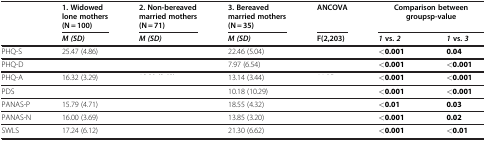
<table><thead><tr><td rowspan="2">[EMPTY_CELL]</td><td><b>1. Widowed lone mothers (N = 100)</b></td><td><b>2. Non-bereaved married mothers (N = 71)</b></td><td><b>3. Bereaved married mothers (N = 35)</b></td><td><b>ANCOVA</b></td><td colspan="2"><b>Comparison between groups p-value</b></td></tr><tr><td><b><i>M (SD)</i></b></td><td><b><i>M (SD)</i></b></td><td><b><i>M (SD)</i></b></td><td><b>F(2,203)</b></td><td><b><i>1</i>vs.<i>2</i></b></td><td><b><i>1</i>vs.<i>3</i></b></td></tr></thead><tbody><tr><td>PHQ-S</td><td>25.47 (4.86)</td><td>[EMPTY_CELL]</td><td>22.46 (5.04)</td><td>[EMPTY_CELL]</td><td><b>&lt;0.001</b></td><td><b>0.04</b></td></tr><tr><td>PHQ-D</td><td>[EMPTY_CELL]</td><td>[EMPTY_CELL]</td><td>7.97 (6.54)</td><td>[EMPTY_CELL]</td><td><b>&lt;0.001</b></td><td><b>&lt;0.001</b></td></tr><tr><td>PHQ-A</td><td>16.32 (3.29)</td><td>[EMPTY_CELL]</td><td>13.14 (3.44)</td><td>[EMPTY_CELL]</td><td><b>&lt;0.001</b></td><td><b>&lt;0.001</b></td></tr><tr><td>PDS</td><td>[EMPTY_CELL]</td><td>[EMPTY_CELL]</td><td>10.18 (10.29)</td><td>[EMPTY_CELL]</td><td><b>&lt;0.001</b></td><td><b>&lt;0.001</b></td></tr><tr><td>PANAS-P</td><td>15.79 (4.71)</td><td>[EMPTY_CELL]</td><td>18.55 (4.32)</td><td>[EMPTY_CELL]</td><td><b>&lt;0.01</b></td><td><b>0.03</b></td></tr><tr><td>PANAS-N</td><td>16.00 (3.69)</td><td>[EMPTY_CELL]</td><td>13.85 (3.20)</td><td>[EMPTY_CELL]</td><td><b>&lt;0.001</b></td><td><b>0.02</b></td></tr><tr><td>SWLS</td><td>17.24 (6.12)</td><td>[EMPTY_CELL]</td><td>21.30 (6.62)</td><td>[EMPTY_CELL]</td><td><b>&lt;0.001</b></td><td><b>&lt;0.01</b></td></tr></tbody></table>